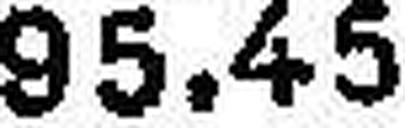
95.45